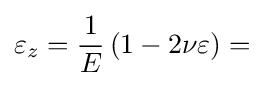
\varepsilon _{z}={\frac {1}{E}}\left(1-2\nu \varepsilon \right)=